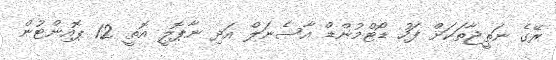
ރޭގެ ނަތީޖާތަކަށް ފަހު ޑޯޓްމުންޑް އާސެނަލް އަދި ނާޕޮލީ އޮތީ 12 ޕޮއިންޓުން